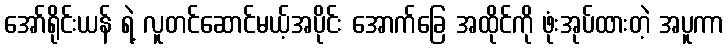
အော်ရိုင်းယန် ရဲ့ လူတင်ဆောင်မယ့်အပိုင်း အောက်ခြေ အထိုင်ကို ဖုံးအုပ်ထားတဲ့ အပူကာ